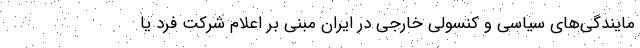
مایندگی‌های سیاسی و کنسولی خارجی در ایران مبنی بر اعلام شرکت فرد یا